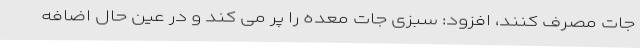
جات مصرف کنند، افزود: سبزی جات معده را پر می کند و در عین حال اضافه